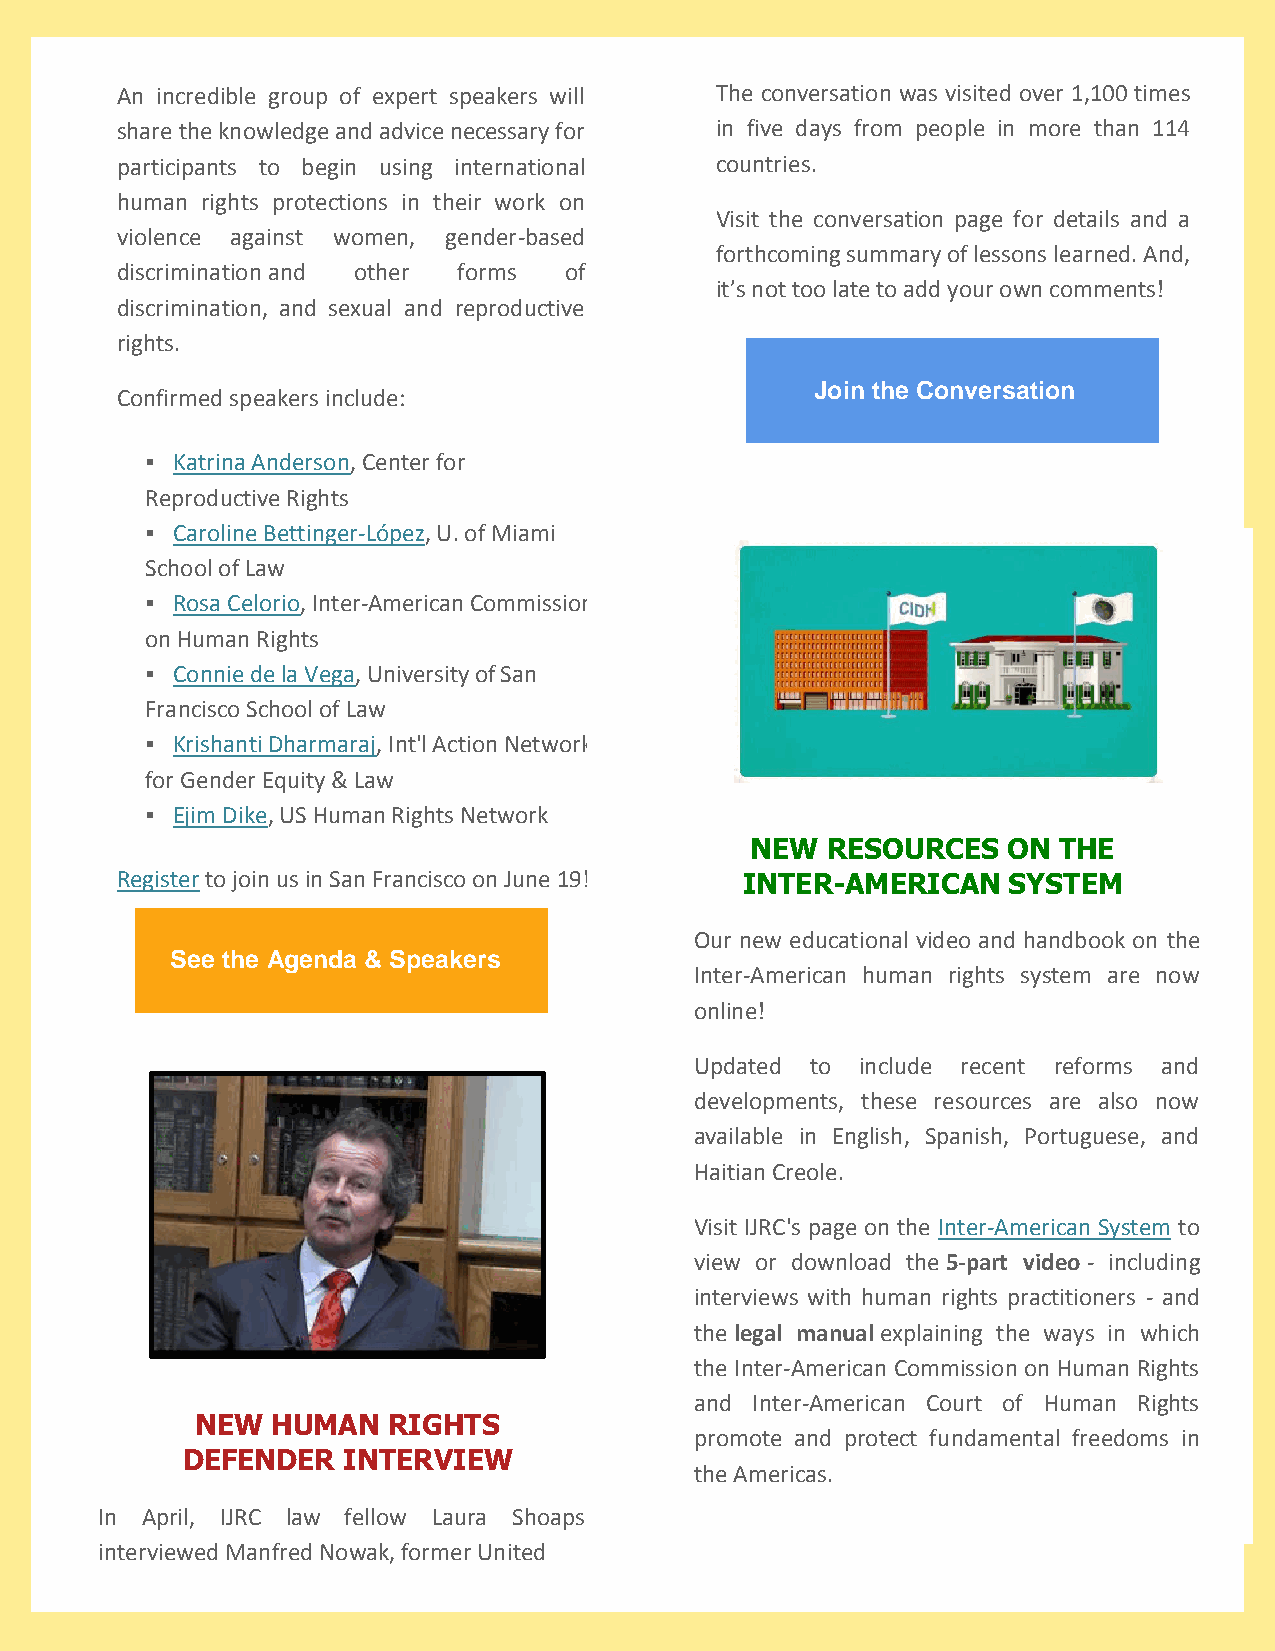
An incredible group of expert speakers will The conversation was visited over 1,100 times
 share the knowledge and advice necessary for in five days from people in more than 114
 participants to begin using international countries.
 human rights protections in their work on
 Visit the conversation page for details and a
 violence against women, gender-based
 forthcoming summary of lessons learned. And,
 discrimination and other forms of
 it’s not too late to add your own comments!
 discrimination, and sexual and reproductive
 rights.
 Join the Conversation
 Confirmed speakers include:
  Katrina Anderson, Center for
 Reproductive Rights
  Caroline Bettinger-López, U. of Miami
 School of Law
  Rosa Celorio, Inter-American Commission
 on Human Rights
  Connie de la Vega, University of San
 Francisco School of Law
  Krishanti Dharmaraj, Int'l Action Network
 for Gender Equity & Law
  Ejim Dike, US Human Rights Network
 NEW  RESOURCES   ON THE
 Register to join us in San Francisco on June 19! INTER-AMERICAN SYSTEM
 Our new educational video and handbook on the
 See the Agenda & Speakers
 Inter-American human rights system are now
 online!
 Updated to include recent reforms and
 developments, these resources are also now
 available in English, Spanish, Portuguese, and
 Haitian Creole.
 Visit IJRC's page on the Inter-American System to
 view or download the 5-part video - including
 interviews with human rights practitioners - and
 the legal manual explaining the ways in which
 the Inter-American Commission on Human Rights
 and Inter-American Court of Human Rights
 NEW  HUMAN   RIGHTS
 promote and protect fundamental freedoms in
 DEFENDER   INTERVIEW
 the Americas.
 In April, IJRC law fellow Laura Shoaps
 interviewed Manfred Nowak, former United